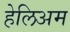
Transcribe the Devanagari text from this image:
हेलिअम